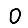
Digit: 0